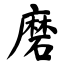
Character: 磨